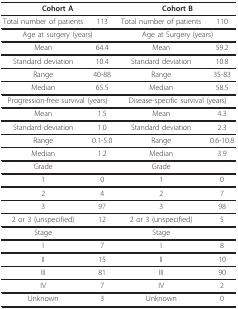
<table><thead><tr><td colspan="2"><b>Cohort A</b></td><td colspan="2"><b>Cohort B</b></td></tr></thead><tbody><tr><td>Total number of patients</td><td>113</td><td>Total number of patients</td><td>110</td></tr><tr><td colspan="2">Age at surgery (years)</td><td colspan="2">Age at Surgery (years)</td></tr><tr><td>Mean</td><td>64.4</td><td>Mean</td><td>59.2</td></tr><tr><td>Standard deviation</td><td>10.4</td><td>Standard deviation</td><td>10.8</td></tr><tr><td>Range</td><td>40-88</td><td>Range</td><td>35-83</td></tr><tr><td>Median</td><td>65.5</td><td>Median</td><td>58.5</td></tr><tr><td colspan="2">Progression-free survival (years)</td><td colspan="2">Disease-specific survival (years)</td></tr><tr><td>Mean</td><td>1.5</td><td>Mean</td><td>4.3</td></tr><tr><td>Standard deviation</td><td>1.0</td><td>Standard deviation</td><td>2.3</td></tr><tr><td>Range</td><td>0.1-5.0</td><td>Range</td><td>0.6-10.8</td></tr><tr><td>Median</td><td>1.2</td><td>Median</td><td>3.9</td></tr><tr><td>Grade</td><td></td><td>Grade</td><td></td></tr><tr><td>1</td><td>0</td><td>1</td><td>0</td></tr><tr><td>2</td><td>4</td><td>2</td><td>7</td></tr><tr><td>3</td><td>97</td><td>3</td><td>98</td></tr><tr><td>2 or 3 (unspecified)</td><td>12</td><td>2 or 3 (unspecified)</td><td>5</td></tr><tr><td>Stage</td><td></td><td>Stage</td><td></td></tr><tr><td>I</td><td>7</td><td>I</td><td>8</td></tr><tr><td>II</td><td>15</td><td>II</td><td>10</td></tr><tr><td>III</td><td>81</td><td>III</td><td>90</td></tr><tr><td>IV</td><td>7</td><td>IV</td><td>2</td></tr><tr><td>Unknown</td><td>3</td><td>Unknown</td><td>0</td></tr></tbody></table>